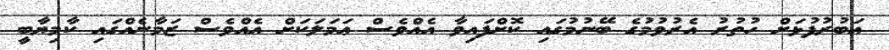
އަބުރުފުޅަށް ހުތުރު އެރުވުމުގެ ބޭނުމުގައި ކޮށްފައިވާ އެއްވެސް ޢަމަލަކަށް އެއްވެސް ޒަމާނެއްގައި ކާމިޔާބީ